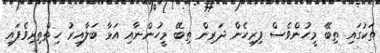
ތަކުގައި ތިބޭ މީހުންވެސް ފިރިހެން ދަރިން ތިބޭ މީހުންނާއި އަޅާ ބަލާއިރު ހިތްތިރިވެފައި